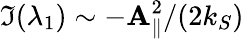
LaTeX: \Im(\lambda_{1})\sim-\mathbf{A}_{\parallel}^{2}/(2k_{S})